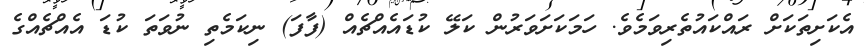
އެކަށިތަކަށް ރައްކައުތެރިވަމެވެ. ހަމަކަށަވަރުން ކަލޭ ކުޑައެއްޗެއް (ފާފަ) ނިކަމެތި ނުވަތަ ކުޑަ އެއްޗެއްގެ